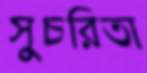
সুচরিতা